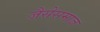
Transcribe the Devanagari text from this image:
जैसेसमाज